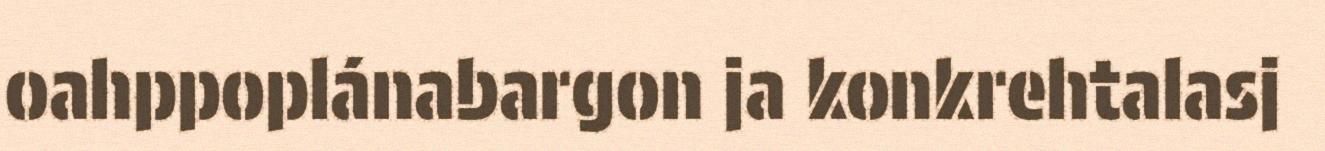
oahppoplánabargon ja konkrehtalasj